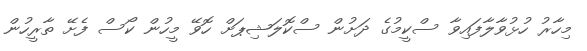
މިހާރު ހުޅުވާލާފައިވާ ސްކީމުގެ ދަށުން ސްކޮލަޝިޕަށް ހޮވޭ މީހުން ކޯސް ފެށޭ ތާރީހުން